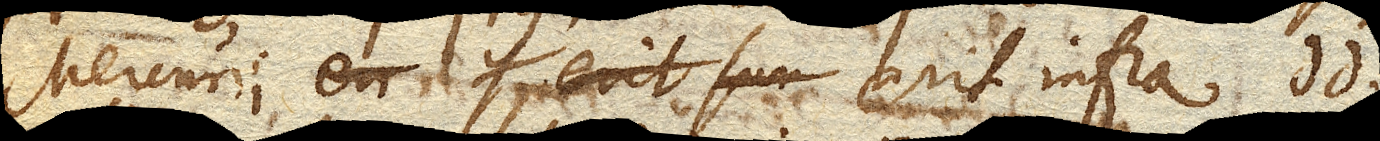
Mercurii erit infra dd. si